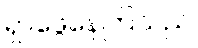
ရှာဖွေနေကြသည်